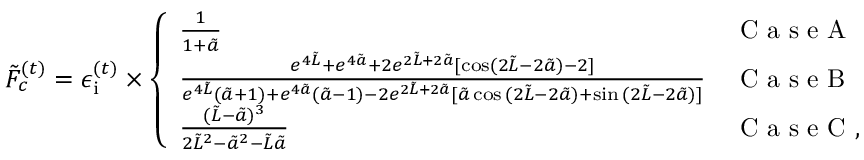
\tilde { F } _ { c } ^ { ( t ) } = \epsilon _ { \mathrm { i } } ^ { ( t ) } \times \left\{ \begin{array} { l l } { \frac { 1 } { 1 + \tilde { a } } } & { \mathrm { ~ C ~ a ~ s ~ e ~ A ~ } } \\ { \frac { e ^ { 4 \tilde { L } } + e ^ { 4 \tilde { a } } + 2 e ^ { 2 \tilde { L } + 2 \tilde { a } } [ \cos ( 2 \tilde { L } - 2 \tilde { a } ) - 2 ] } { e ^ { 4 \tilde { L } } ( \tilde { a } + 1 ) + e ^ { 4 \tilde { a } } ( \tilde { a } - 1 ) - 2 e ^ { 2 \tilde { L } + 2 \tilde { a } } [ \tilde { a } \cos { ( 2 \tilde { L } - 2 \tilde { a } ) } + \sin { ( 2 \tilde { L } - 2 \tilde { a } ) ] } } } & { \mathrm { ~ C ~ a ~ s ~ e ~ B ~ } } \\ { \frac { ( \tilde { L } - \tilde { a } ) ^ { 3 } } { 2 \tilde { L } ^ { 2 } - \tilde { a } ^ { 2 } - \tilde { L } \tilde { a } } } & { \mathrm { ~ C ~ a ~ s ~ e ~ C ~ } , } \end{array} \right.